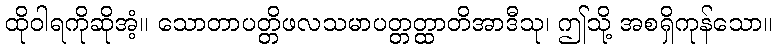
ထိုဝါရကိုဆိုအံ့။ သောတာပတ္တိဖလသမာပတ္တတ္ထာတိအာဒီသု၊ ဤသို့ အစရှိကုန်သော။